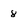
Character: 8